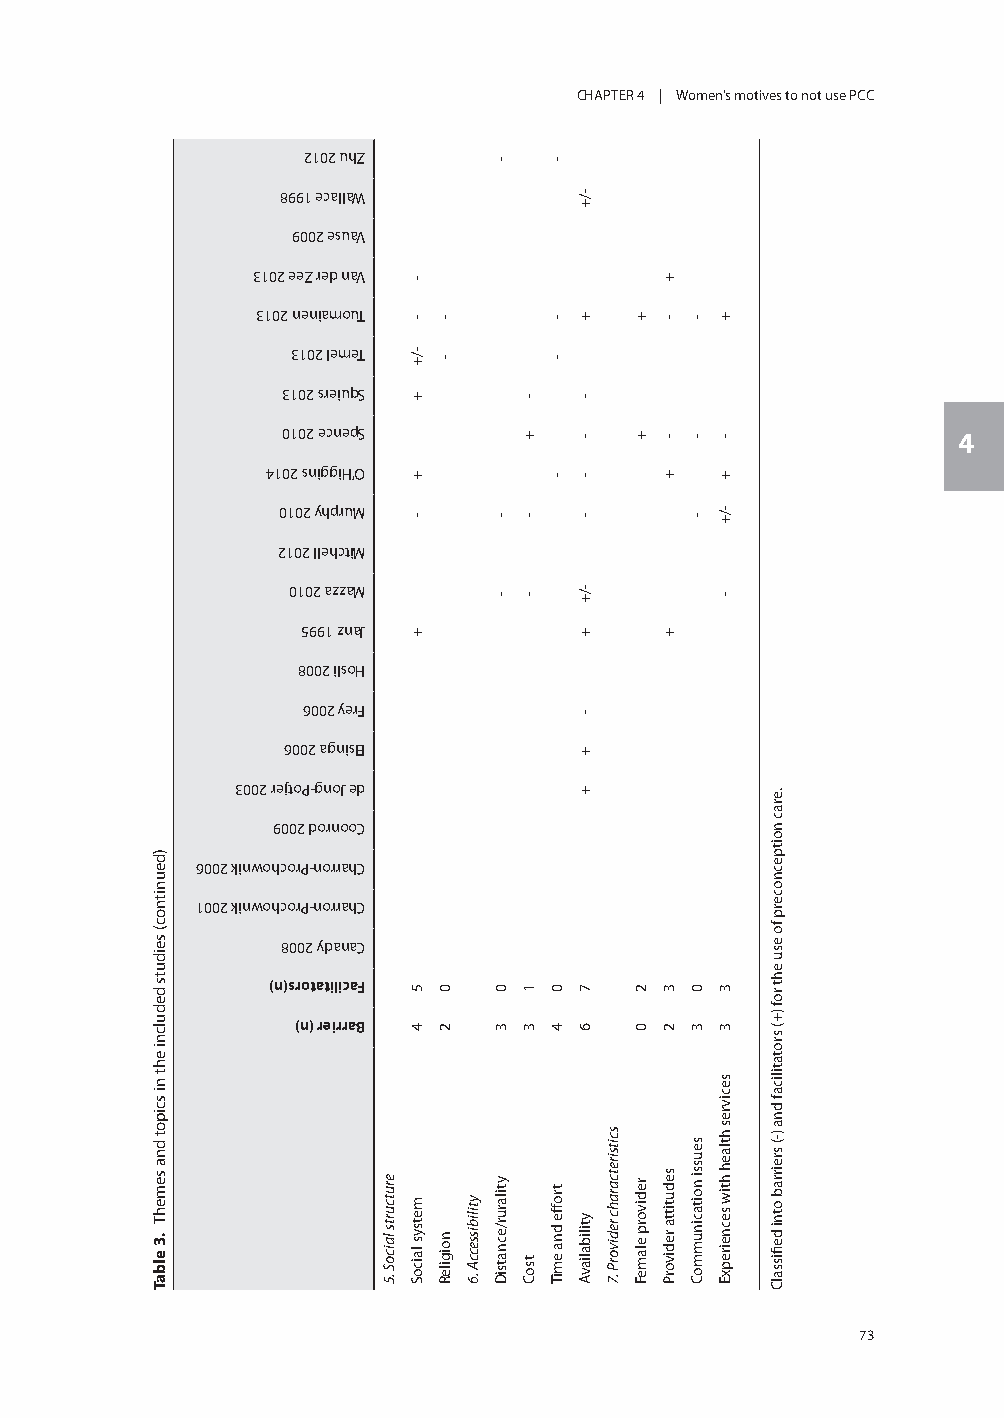
CHAPTER 4 | Women’s motives to not use PCC
 2102 uhZ
 8991 ecallaW
 9002 esuaV
 3102 eeZ red naV
 3102 neniamouT
 3102 lemeT
 3102 sreiuqS
 0102 ecnepS                                 4
 4102 sniggiH’O
 0102 yhpruM
 2102 llehctiM
 0102 azzaM
 5991 znaJ
 8002 ilsoH
 6002 yerF
 6002 agnislE
 3002 rejtoP-gnoJ ed
 9002 dornooC
 6002 kinwohcorP-norrahC
 1002 kinwohcorP-norrahC
 8002 ydanaC
 )n(srotatilicaF
 )n( reirraB
 72                                                       73
 )deunitnoc(
 seiduts
 dedulcni
 eht
 ni
 scipot
 dna
 semehT
 .3
 elbaT
 erutcurts
 laicoS
 .5
 -
 -
 -/+
 +
 +
 -
 +
 5
 4
 metsys
 laicoS
 -
 -
 0
 2
 noigileR
 ytilibisseccA
 .6
 -
 -
 -
 0
 3
 ytilarur/ecnatsiD
 -
 +
 -
 -
 1
 3
 tsoC
 -
 -
 -
 -
 0
 4
 troffe
 dna
 emiT
 -/+
 +
 -
 -
 -
 -
 -/+
 +
 -
 +
 +
 7
 6
 ytilibaliavA
 scitsiretcarahc
 redivorP
 .7
 +
 +
 2
 0
 redivorp
 elameF
 +
 -
 -
 +
 +
 3
 2
 sedutitta
 redivorP
 -
 -
 -
 0
 3
 seussi
 noitacinummoC
 +
 -
 +
 -/+
 -
 3
 3
 secivres
 htlaeh
 htiw
 secneirepxE
 .erac
 noitpecnocerp
 fo
 esu
 eht
 rof
 )+(
 srotatilicaf
 dna
 )-(
 sreirrab
 otni
 defiissalC